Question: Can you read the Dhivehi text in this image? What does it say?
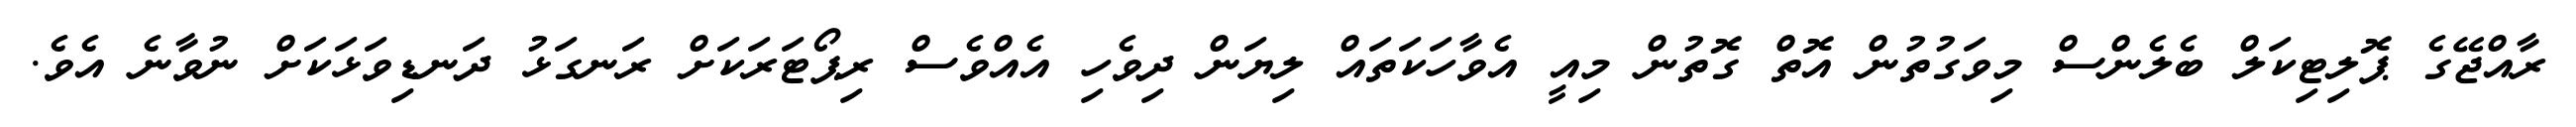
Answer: ރާއްޖޭގެ ޕޮލިޓިކަލް ބެލެންސް މިވަގުތުން އޮތް ގޮތުން މިއީ އެވާހަކަތައް ލިޔަން ދިވެހި އެއްވެސް ރިޕޯޓަރަކަށް ރަނގަޅު ދަނޑިވަޅަކަށް ނުވާނެ އެވެ.